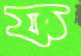
ফ